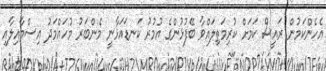
އެހެންކަމުން ރައީސް ކަމަށް ކުރިމަތިލައްވާ ބޭފުޅުންގެ އުމުރު ކަނޑައަޅާނީ މެންބަރު މުހައްމަދު އިސްމާއިލާއި